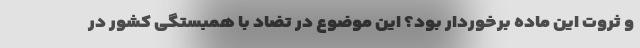
و ثروت این ماده برخوردار بود؟ این موضوع در تضاد با همبستگی کشور در